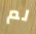
لم